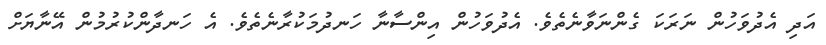
އަދި އެދުވަހުން ނަރަކަ ގެންނަވާނެތެވެ. އެދުވަހުން އިންސާނާ ހަނދުމަކުރާނެތެވެ. އެ ހަނދާންކުރުމުން އޭނާޔަށް